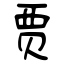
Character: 贾